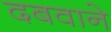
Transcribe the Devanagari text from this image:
दबवाने